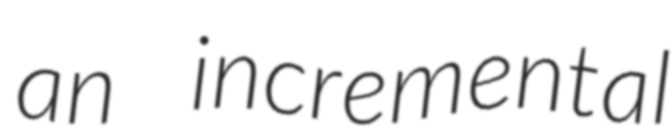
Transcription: an incremental